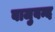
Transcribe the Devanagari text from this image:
बाजुबन्द